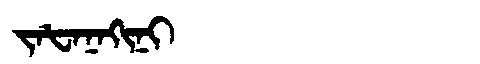
Manchu: ᠵᠠᡶᠠᠨᠠᡴᡳᠨᡳ
Romanization: JAFANAKINI